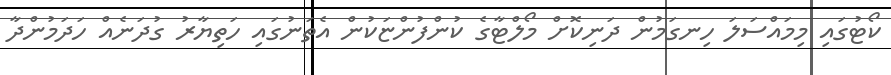
ކޯޓުގައި މިމައްސަލަ ހިނގަމުން ދަނިކޮށް މޯލްޓާގެ ކުންފުންޏަކުން އެތަނުގައި ހަތިޔާރު ގުދަނެއް ހަދަމުންދާ